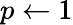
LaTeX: p\leftarrow 1